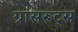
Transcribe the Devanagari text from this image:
ग्रासरूट्स